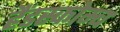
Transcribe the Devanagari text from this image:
हैंडस्कोम्ब